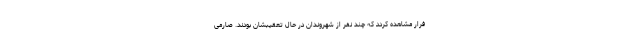
فرار مشاهده کردد که چند نفر از شهروندان در حال تعقیبشان بودند. صارمی